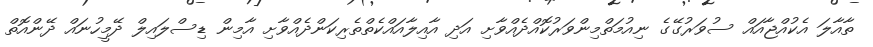
ތާއާލަ އެކުއްޖާއައް ސުވަރުގޭގެ ނިއުމަތްމިންވަރުކޮއްދެއްވާށި އަދި އާއިލާއައްކެތްތެރިކަންދެއްވާށި އާމިން ޑިސްލައިލް ދޭމީހުނައް ދޭންއޮތް